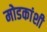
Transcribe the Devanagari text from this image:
मोडकांशी